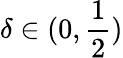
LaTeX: \delta\in(0,\frac{1}{2})